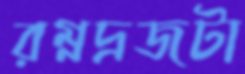
রম্নদ্রজটা